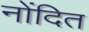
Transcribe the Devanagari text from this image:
नोंदित